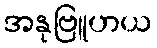
အနုဗြူဟယ